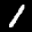
Label: 1